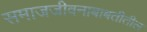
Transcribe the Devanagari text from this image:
समाजजीवनाबाबतीतील